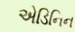
એડિનિન